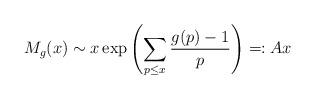
LaTeX: \begin{align*}M_g(x) \sim x\exp\left(\sum_{p \leq x} \frac{g(p)-1}{p}\right) =: Ax \end{align*}